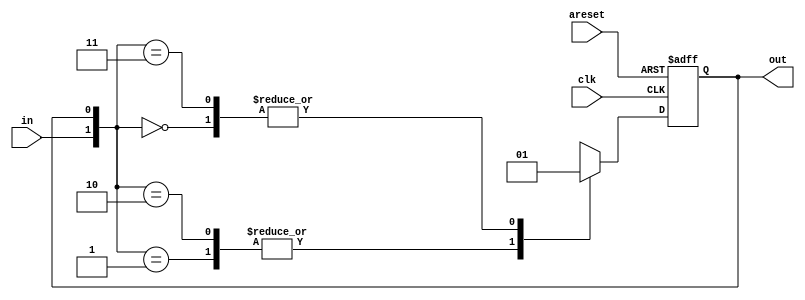
module top_module(
    input clk,
    input areset,    // Asynchronous reset to state B
    input in,
    output reg out);//  

    //parameter A=0, B=1; 
    //reg state, next_state;

    always @(*) begin    // This is a combinational always block
        // State transition logic
    end

    always @(posedge clk, posedge areset) begin    // This is a sequential always block
        // State flip-flops with asynchronous reset
        if(areset) out <= 1;
        else begin
            case({in, out})
                2'b00: out <= 1;
                2'b01: out <= 0;
                2'b10: out <= 0;
                2'b11: out <= 1;
            endcase
        end
    end

    // Output logic
    // assign out = (state == ...);

endmodule